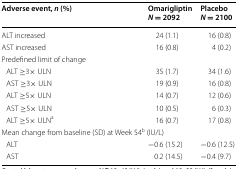
<table><thead><tr><td><b>Adverse event, <i>n</i> (%)</b></td><td><b>Omarigliptin<i>N</i> = 2092</b></td><td><b>Placebo<i>N</i> = 2100</b></td></tr></thead><tbody><tr><td>ALT increased</td><td>24 (1.1)</td><td>16 (0.8)</td></tr><tr><td>AST increased</td><td>16 (0.8)</td><td>4 (0.2)</td></tr><tr><td colspan="3">Predefined limit of change</td></tr><tr><td> ALT ≥3× ULN</td><td>35 (1.7)</td><td>34 (1.6)</td></tr><tr><td> AST ≥3× ULN</td><td>19 (0.9)</td><td>16 (0.8)</td></tr><tr><td> ALT ≥5× ULN</td><td>14 (0.7)</td><td>12 (0.6)</td></tr><tr><td> AST ≥5× ULN</td><td>10 (0.5)</td><td>6 (0.3)</td></tr><tr><td> ALT ≥5× ULN<sup>a</sup></td><td>16 (0.7)</td><td>17 (0.8)</td></tr><tr><td colspan="3">Mean change from baseline (SD) at Week 54<sup>b</sup> (IU/L)</td></tr><tr><td> ALT</td><td>−0.6 (15.2)</td><td>−0.6 (12.5)</td></tr><tr><td> AST</td><td>0.2 (14.5)</td><td>−0.4 (9.7)</td></tr></tbody></table>